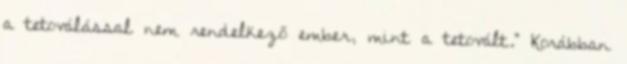
a tetoválással nem rendelkező ember, mint a tetovált.” Korábban